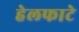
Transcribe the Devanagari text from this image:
हेलफाटे